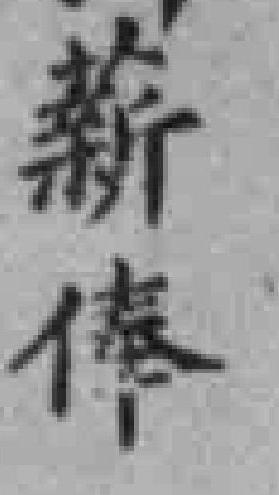
薪俸